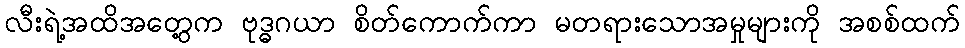
လီးရဲ့အထိအတွေ့က ဗုဒ္ဓဂယာ စိတ်ကောက်ကာ မတရားသောအမှုများကို အစစ်ထက်